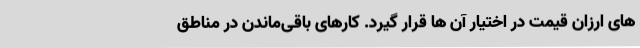
های ارزان قیمت در اختیار آن ها قرار گیرد. کارهای باقی‌ماندن در مناطق